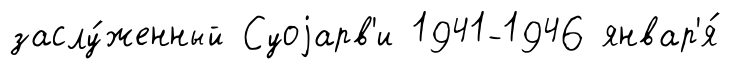
заслу́женный Суоjарв'и 1941-1946 январ'я́